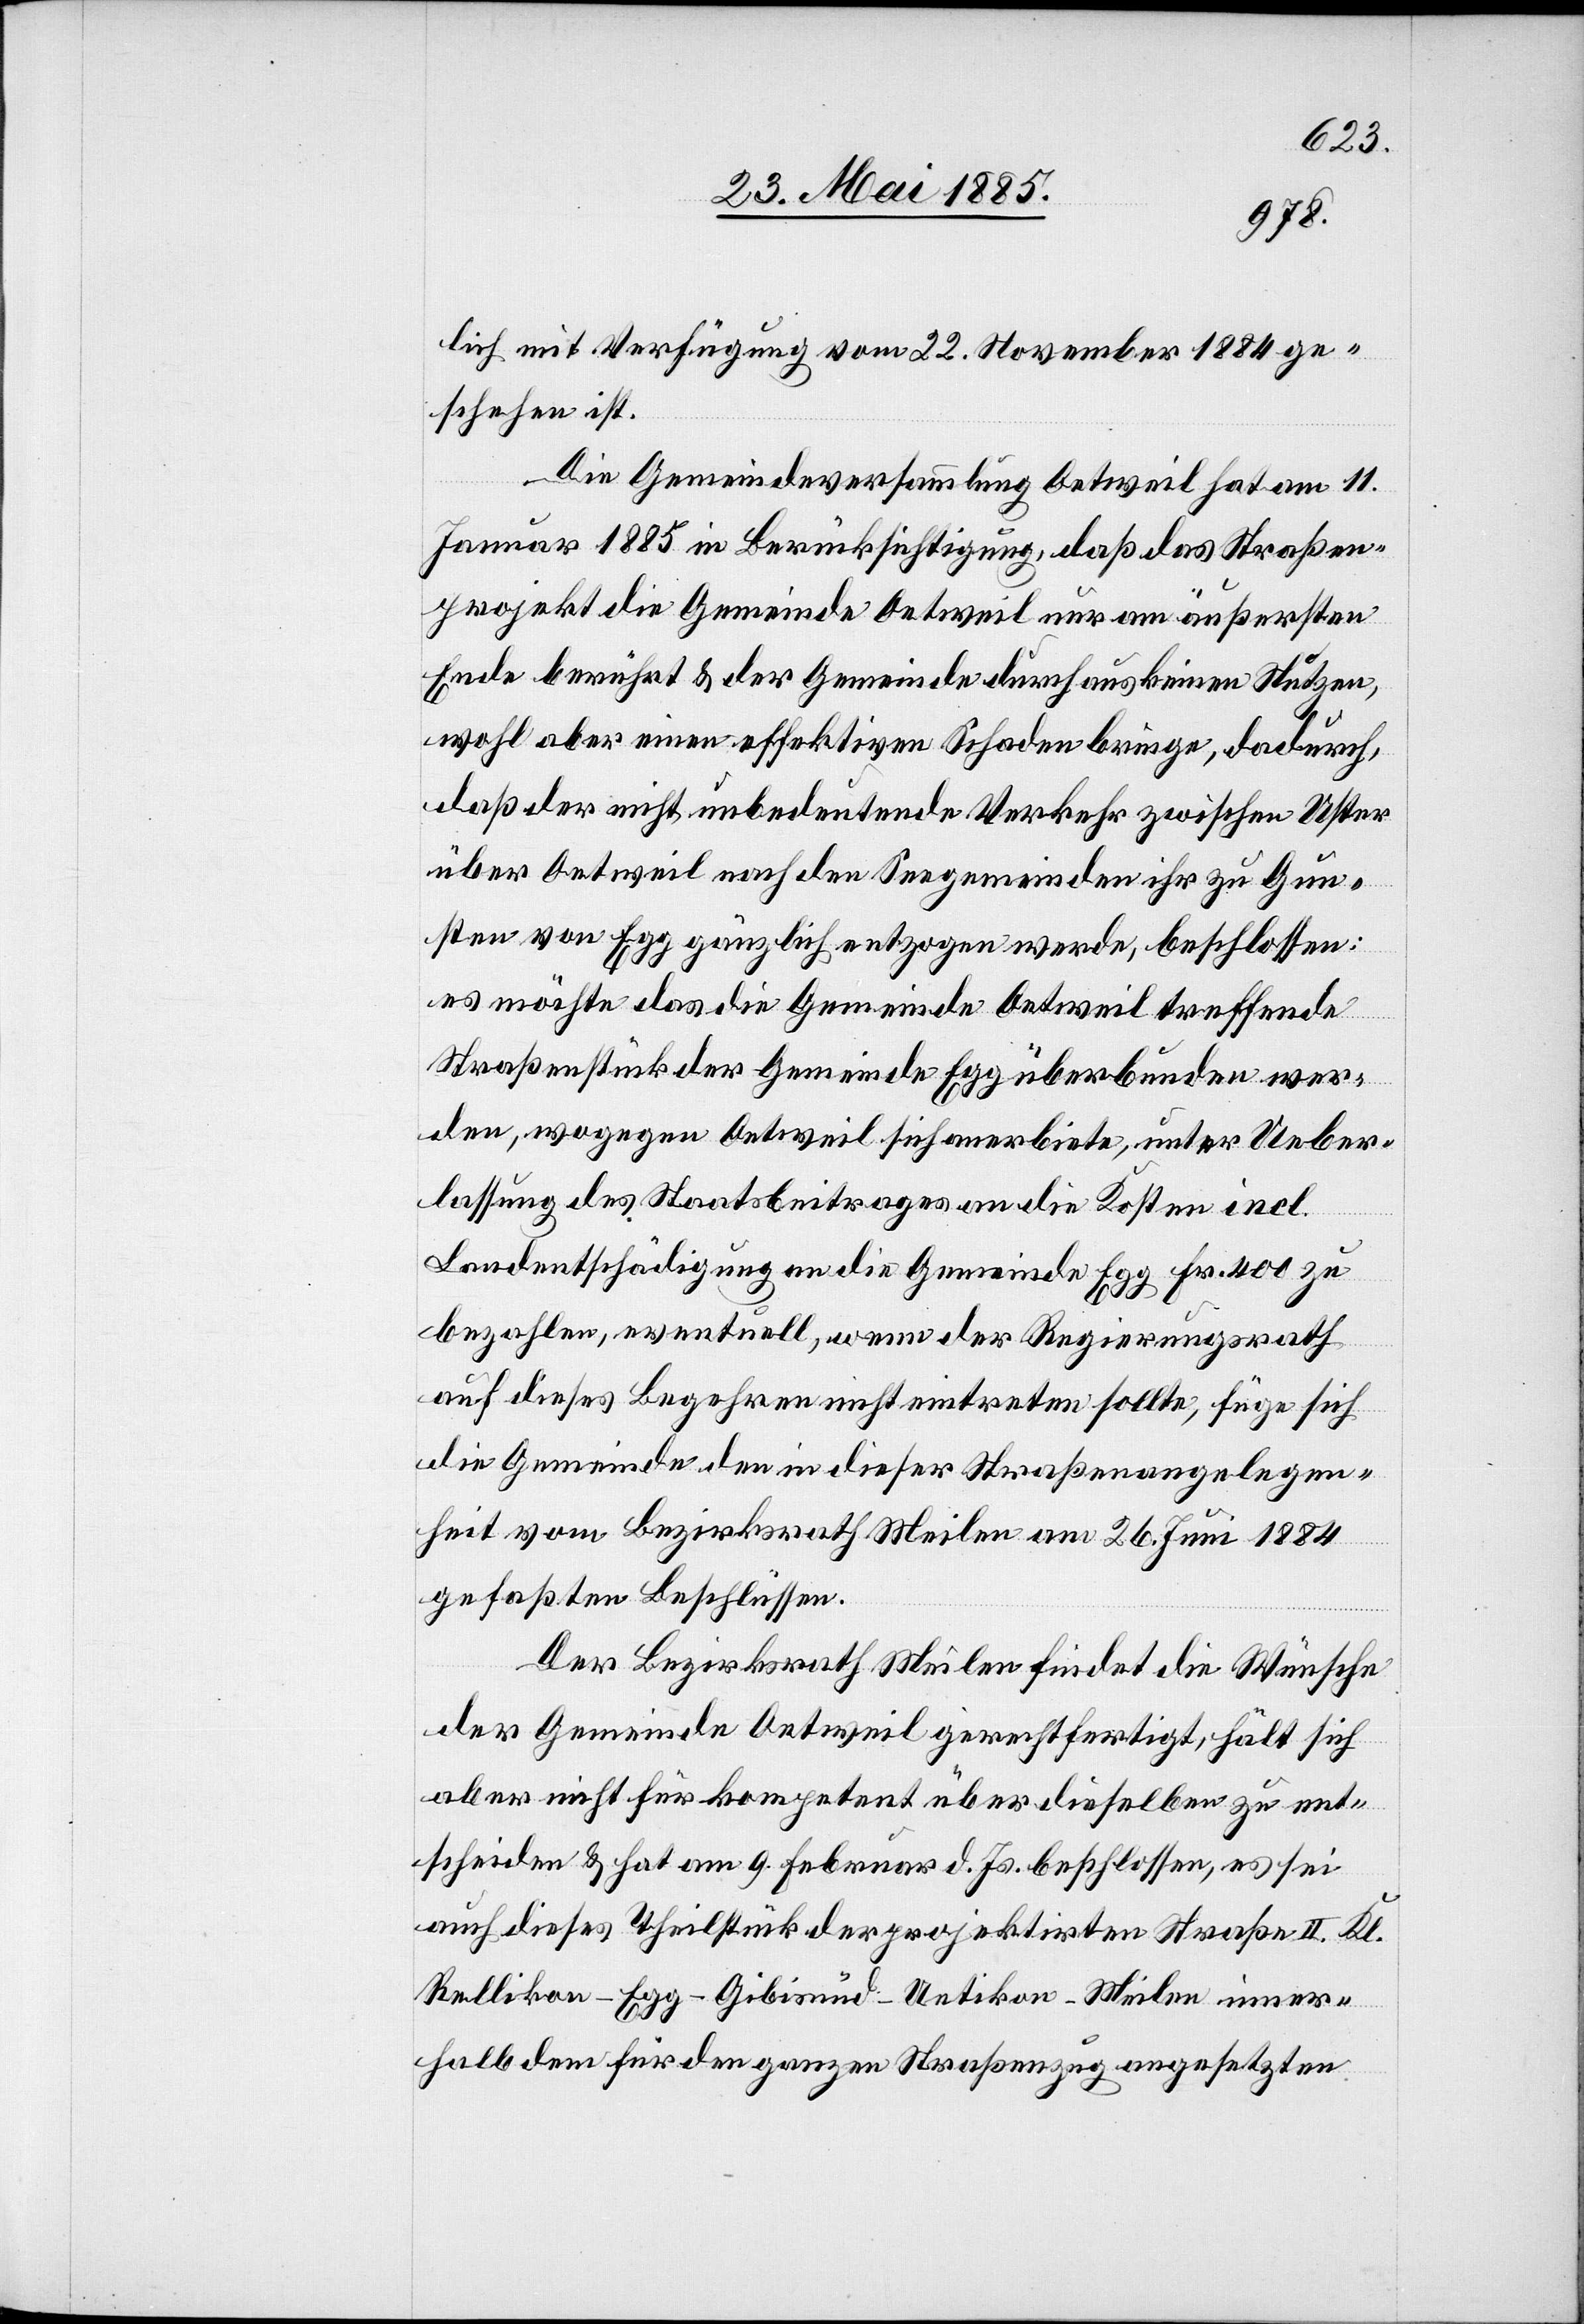
lich mit Verfügung vom 22. November 1884 ge¬
schehen ist.
Die Gemeindeversammlung Oetweil hat am 11.
Januar 1885 in Berücksichtigung, daß das Straßen¬
projekt die Gemeinde Oetweil nur am äußersten
Ende berührt & der Gemeinde durchaus keinen Nutzen,
wohl aber einen effektiven Schaden bringe, dadurch
daß der nicht unbedeutende Verkehr zwischen Uster
über Oetweil nach den Seegemeinden ihr zu Gun¬
sten von Egg gänzlich entzogen werde, beschlossen:
es möchte das die Gemeinde Oetweil treffende
Straßenstück der Gemeinde Egg überbunden wer¬
den, wogegen Oetweil sich anerbiete, unter Ueber¬
lassung des Staatsbeitrages an die Kosten incl.
Landrechtentschädigung an die Gemeinde Egg Fr. 400 zu
bezahlen, eventuell, wenn der Regierungsrath
auf dieses Begehren nicht eintreten sollte, füge sich
die Gemeinde den in dieser Straßenangelegen¬
heit vom Bezirksrath Meilen am 26. Juli 1884
gefaßten Beschlüssen.
Der Bezirksrath Meilen findet die Wünsche
der Gemeinde Oetweil gerechtfertigt, hält sich
aber nicht für kompetent über dieselben zu ent¬
scheiden & hat am 9. Februar d. Js. beschlossen, es sei
auch dieses Theilstück der projektirten Straße II. Kl.
Rellikon–Egg–Gibisnüd–Uetikon–Meilen inner¬
halb dem für den ganzen Straßenzug angesetzten